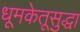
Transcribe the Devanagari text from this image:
धूमकेतूसुद्धा